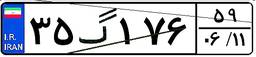
۳۵گ۱۷۶۵۹